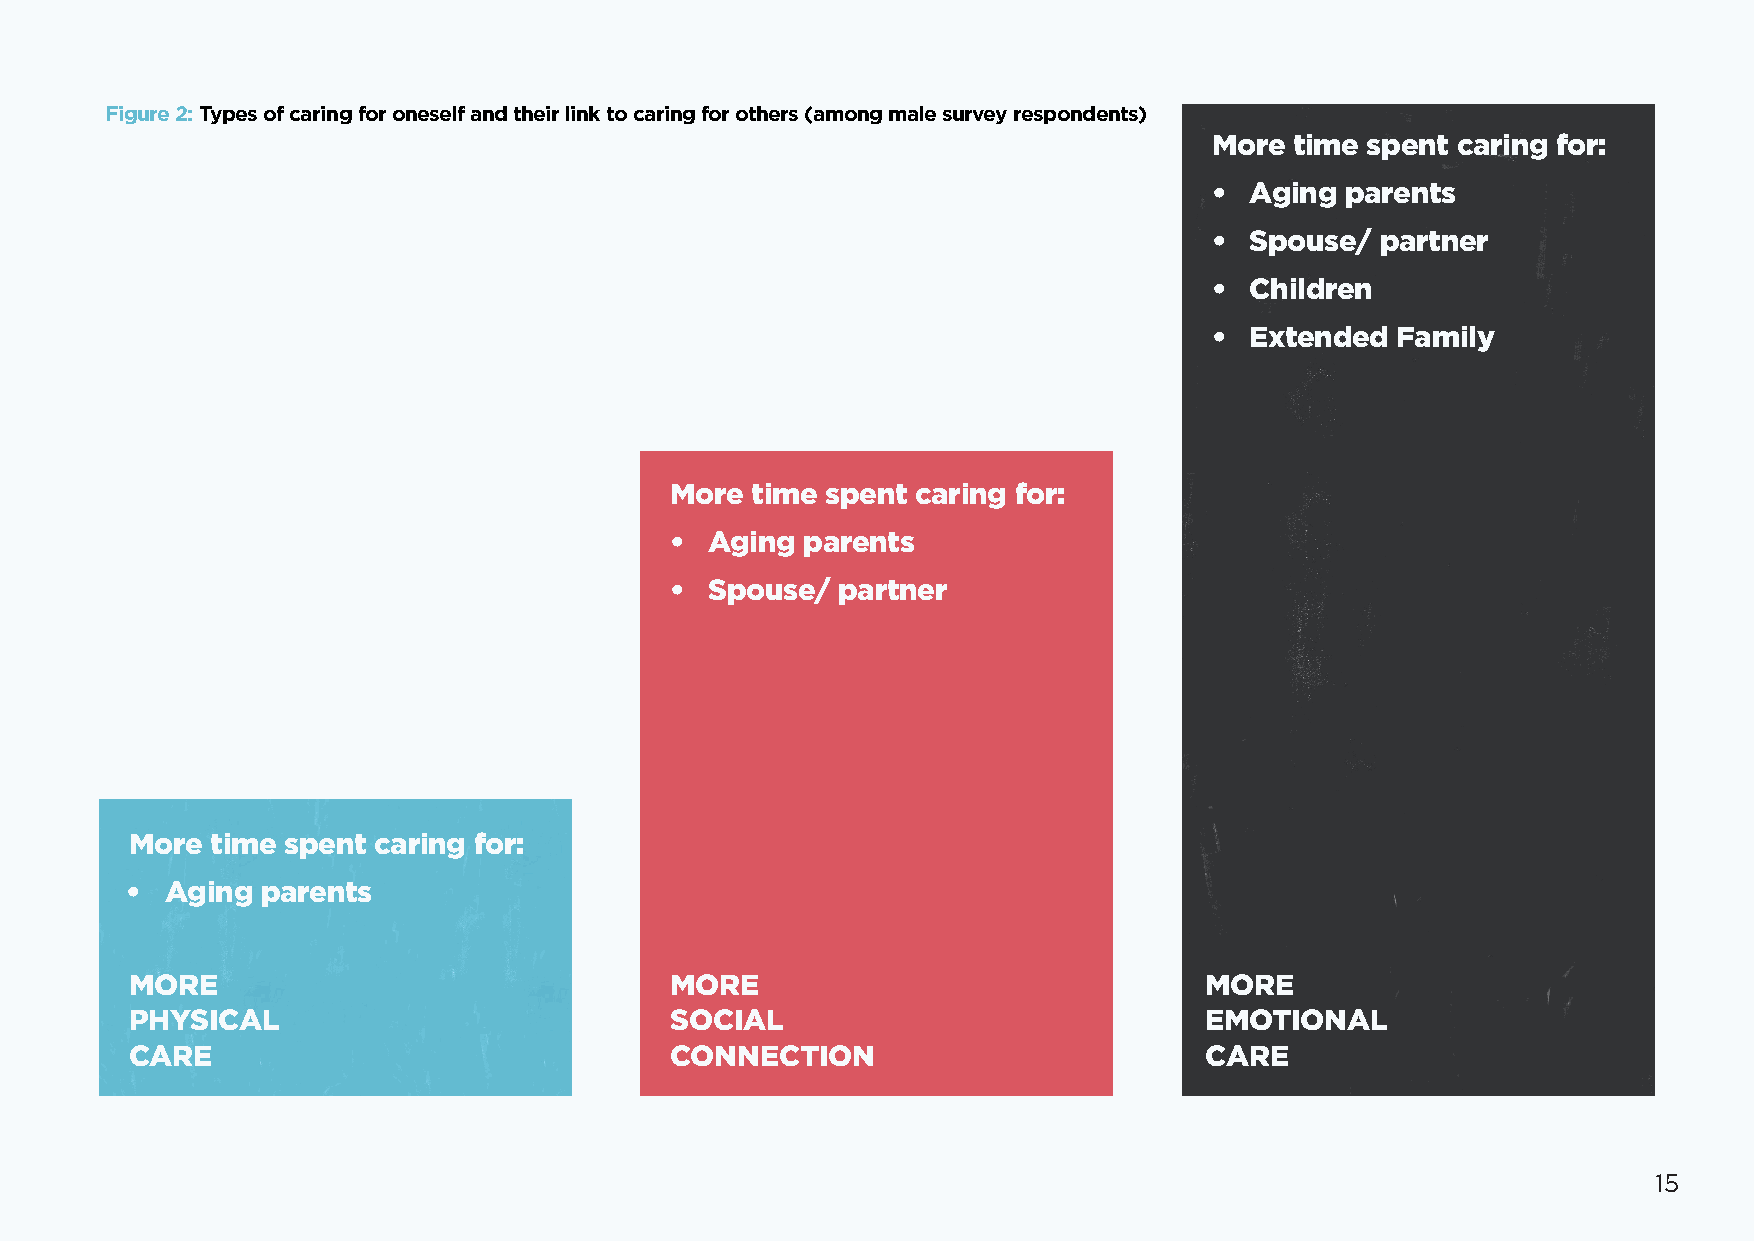
Figure 2: Types of caring for oneself and their link to caring for others (among male survey respondents)
 More  time spent caring for:
 •  Aging parents
 •  Spouse/ partner
 •  Children
 •  Extended Family
 More  time spent caring for:
 •  Aging parents
 •  Spouse/ partner
 More time spent caring for:
 •  Aging parents
 MORE                               MORE                                MORE
 PHYSICAL                           SOCIAL                              EMOTIONAL
 CARE                               CONNECTION                          CARE
 15